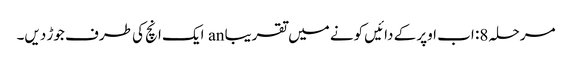
مرحلہ 8: اب اوپر کے دائیں کونے میں تقریبا an ایک انچ کی طرف جوڑ دیں۔